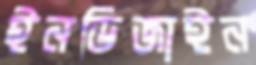
ইনডিজাইন